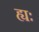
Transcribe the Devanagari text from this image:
ह्यः